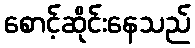
စောင့်ဆိုင်းနေသည်